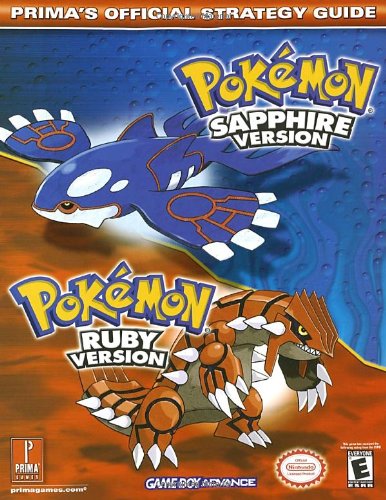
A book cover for Pokemon Sapphire Version / Pokemon Ruby Version (Prima's Official Strategy Guide); Elizabeth Hollinger; Computers & Technology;